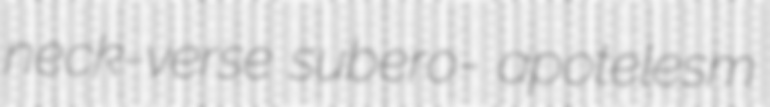
neck-verse subero- apotelesm